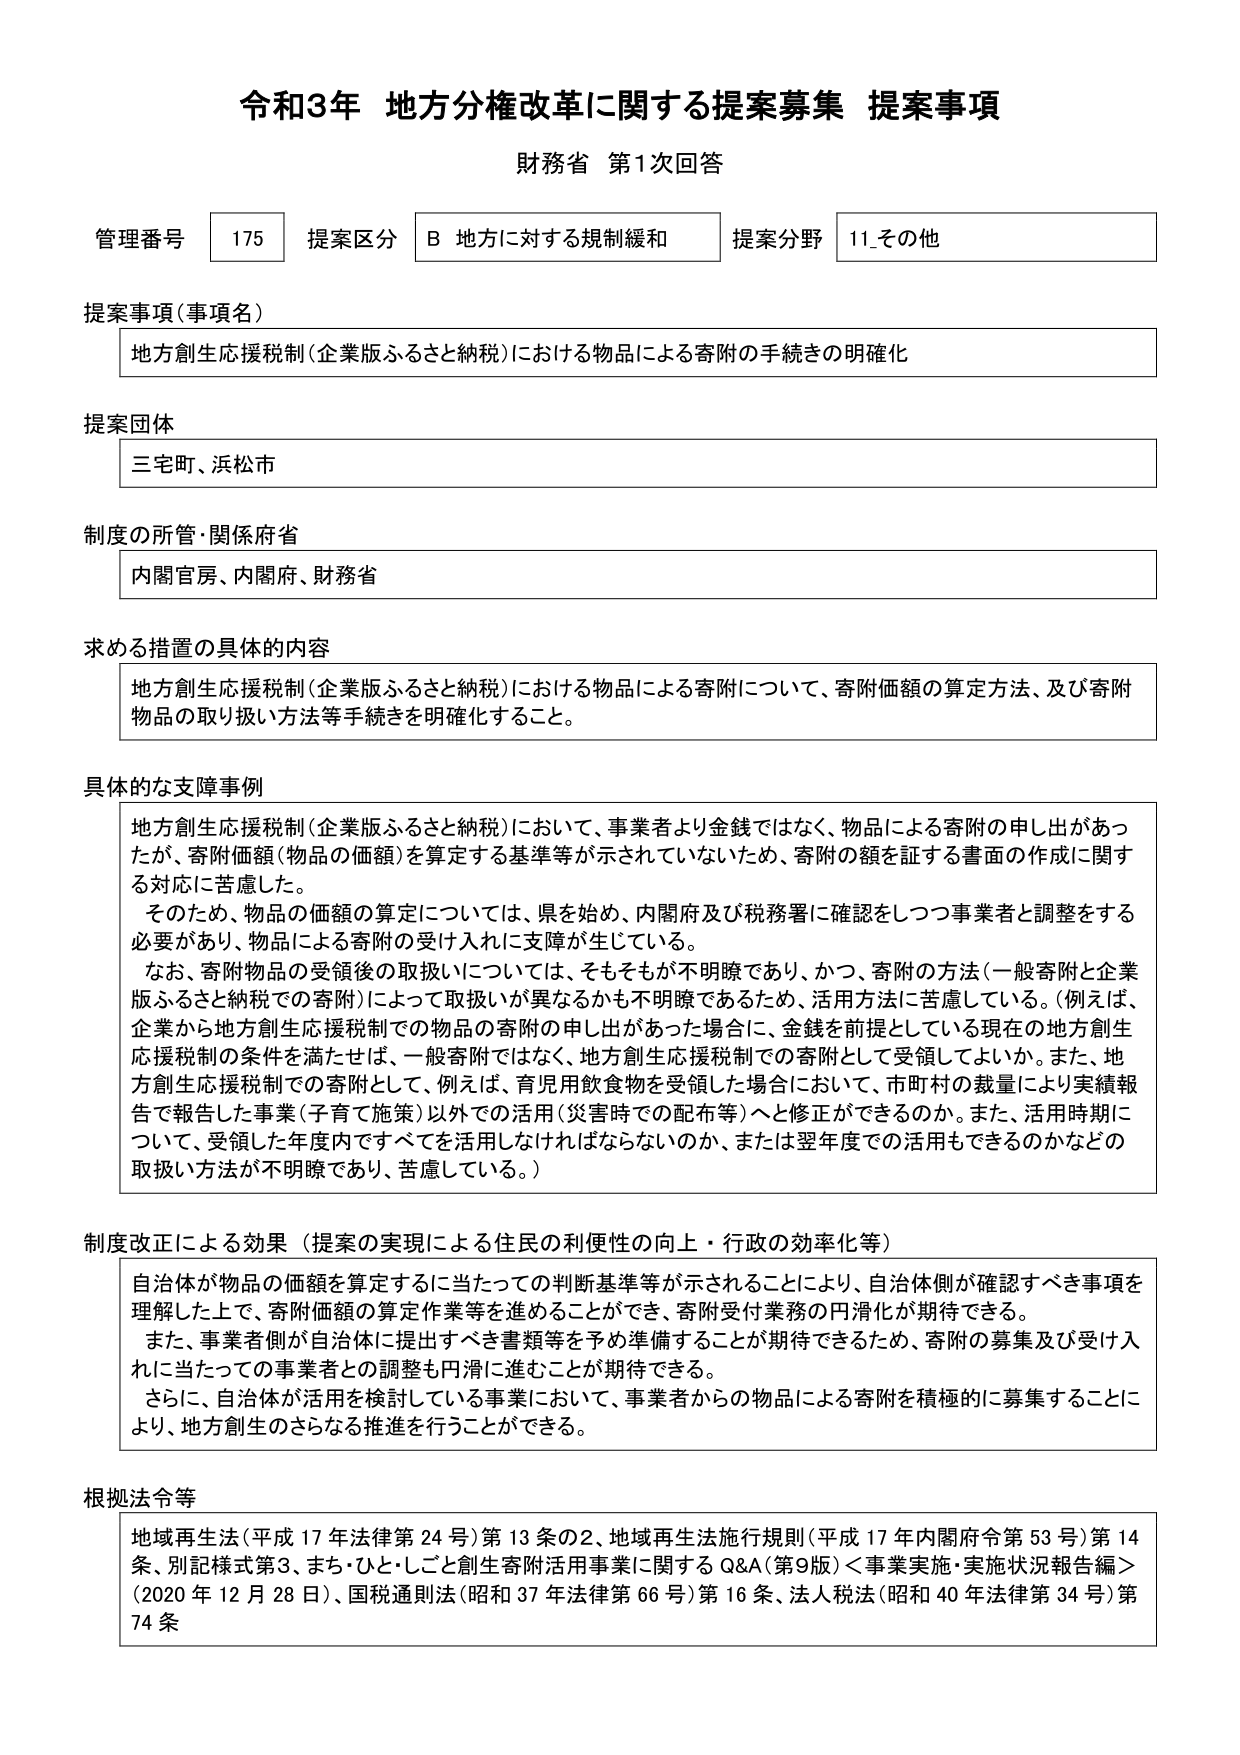
令和3年 地方分権改革に関する提案募集 提案事項
財務省 第1次回答

管理番号 175 提案区分 B 地方に対する規制緩和 提案分野 11_その他

提案事項（事項名）
地方創生応援税制（企業版ふるさと納税）における物品による寄附の手続きの明確化

提案団体
三宅町、浜松市

制度の所管・関係府省
内閣官房、内閣府、財務省

求める措置の具体的内容
地方創生応援税制（企業版ふるさと納税）における物品による寄附について、寄附価額の算定方法、及び寄附物品の取り扱い方法等手続きを明確化すること。

具体的な支障事例
地方創生応援税制（企業版ふるさと納税）において、事業者より金銭ではなく、物品による寄附の申し出があったが、寄附価額（物品の価額）を算定する基準等が示されていないため、寄附の額を証する書面の作成に関する対応に苦慮した。
そのため、物品の価額の算定については、県を始め、内閣府及び税務署に確認をしつつ事業者と調整をする必要があり、物品による寄附の受け入れに支障が生じている。
なお、寄附物品の受領後の取扱いについては、そもそもが不明瞭であり、かつ、寄附の方法（一般寄附と企業版ふるさと納税での寄附）によって取扱いが異なるかも不明瞭であるため、活用方法に苦慮している。（例えば、企業から地方創生応援税制での物品の寄附の申し出があった場合に、金銭を前提としている現在の地方創生応援税制の条件を満たせば、一般寄附ではなく、地方創生応援税制での寄附として受領してよいか。また、地方創生応援税制での寄附として、例えば、育児用飲食物を受領した場合において、市町村の裁量により実績報告で報告した事業（子育て施策）以外での活用（災害時での配布等）へと修正ができるのか。また、活用時期について、受領した年度内ですべてを活用しなければならないのか、または翌年度での活用できるのかなどの取扱い方法が不明瞭であり、苦慮している。）

制度改正による効果（提案の実現による住民の利便性の向上・行政の効率化等）
自治体が物品の価額を算定するに当たっての判断基準等が示されることにより、自治体側が確認すべき事項を理解した上で、寄附価額の算定作業等を進めることができ、寄附受付業務の円滑化が期待できる。
また、事業者側が自治体に提出すべき書類等を予め準備することが期待できるため、寄附の募集及び受け入れに当たっての事業者との調整も円滑に進むことが期待できる。
さらに、自治体が活用を検討している事業において、事業者からの物品による寄附を積極的に募集することにより、地方創生のさらなる推進を行うことができる。

根拠法令等
地域再生法（平成17年法律第24号）第13条の2、地域再生法施行規則（平成17年内閣府令第53号）第14条、別記様式第3、まち・ひと・しごと創生寄附活用事業に関するQ&A（第9版）＜事業実施・実施状況報告編＞（2020年12月28日）、国税通則法（昭和37年法律第66号）第16条、法人税法（昭和40年法律第34号）第74条